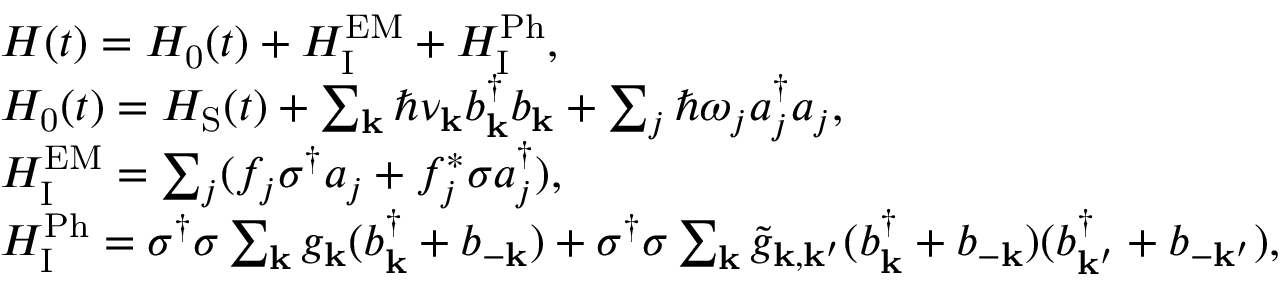
\begin{array} { r l } & { H ( t ) = H _ { \mathrm { 0 } } ( t ) + H _ { \mathrm { I } } ^ { \mathrm { E M } } + H _ { \mathrm { I } } ^ { \mathrm { P h } } , } \\ & { H _ { \mathrm { 0 } } ( t ) = H _ { \mathrm { S } } ( t ) + \sum _ { \mathbf { k } } \hbar \nu _ { \mathbf { k } } b _ { \mathbf { k } } ^ { \dagger } b _ { \mathbf { k } } + \sum _ { j } \hbar \omega _ { j } a _ { j } ^ { \dagger } a _ { j } , } \\ & { H _ { \mathrm { I } } ^ { \mathrm { E M } } = \sum _ { j } ( f _ { j } \sigma ^ { \dagger } a _ { j } + f _ { j } ^ { \ast } \sigma a _ { j } ^ { \dagger } ) , } \\ & { H _ { \mathrm { I } } ^ { \mathrm { P h } } = \sigma ^ { \dagger } \sigma \sum _ { \mathbf { k } } g _ { \mathbf { k } } ( b _ { \mathbf { k } } ^ { \dagger } + b _ { - \mathbf { k } } ) + \sigma ^ { \dagger } \sigma \sum _ { \mathbf { k } } \tilde { g } _ { \mathbf { k } , \mathbf { k } ^ { \prime } } ( b _ { \mathbf { k } } ^ { \dagger } + b _ { - \mathbf { k } } ) ( b _ { \mathbf { k } ^ { \prime } } ^ { \dagger } + b _ { - \mathbf { k } ^ { \prime } } ) , } \end{array}